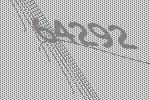
64292